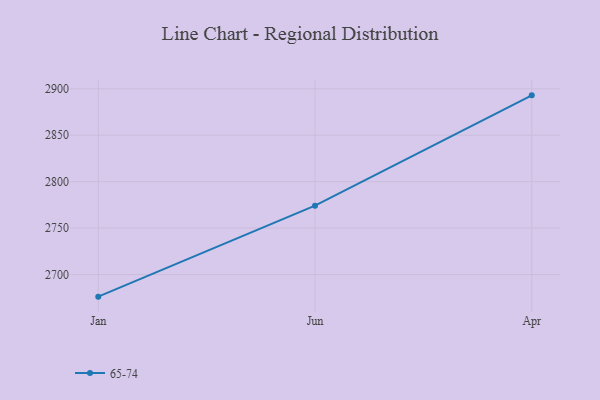
{"axis": {"x": "Month", "y": "Budget (USD K)"}, "legend": ["65-74"], "data": [{"x": "Jan", "y": 2676.2, "type": "65-74"}, {"x": "Jun", "y": 2774.1, "type": "65-74"}, {"x": "Apr", "y": 2892.9, "type": "65-74"}]}